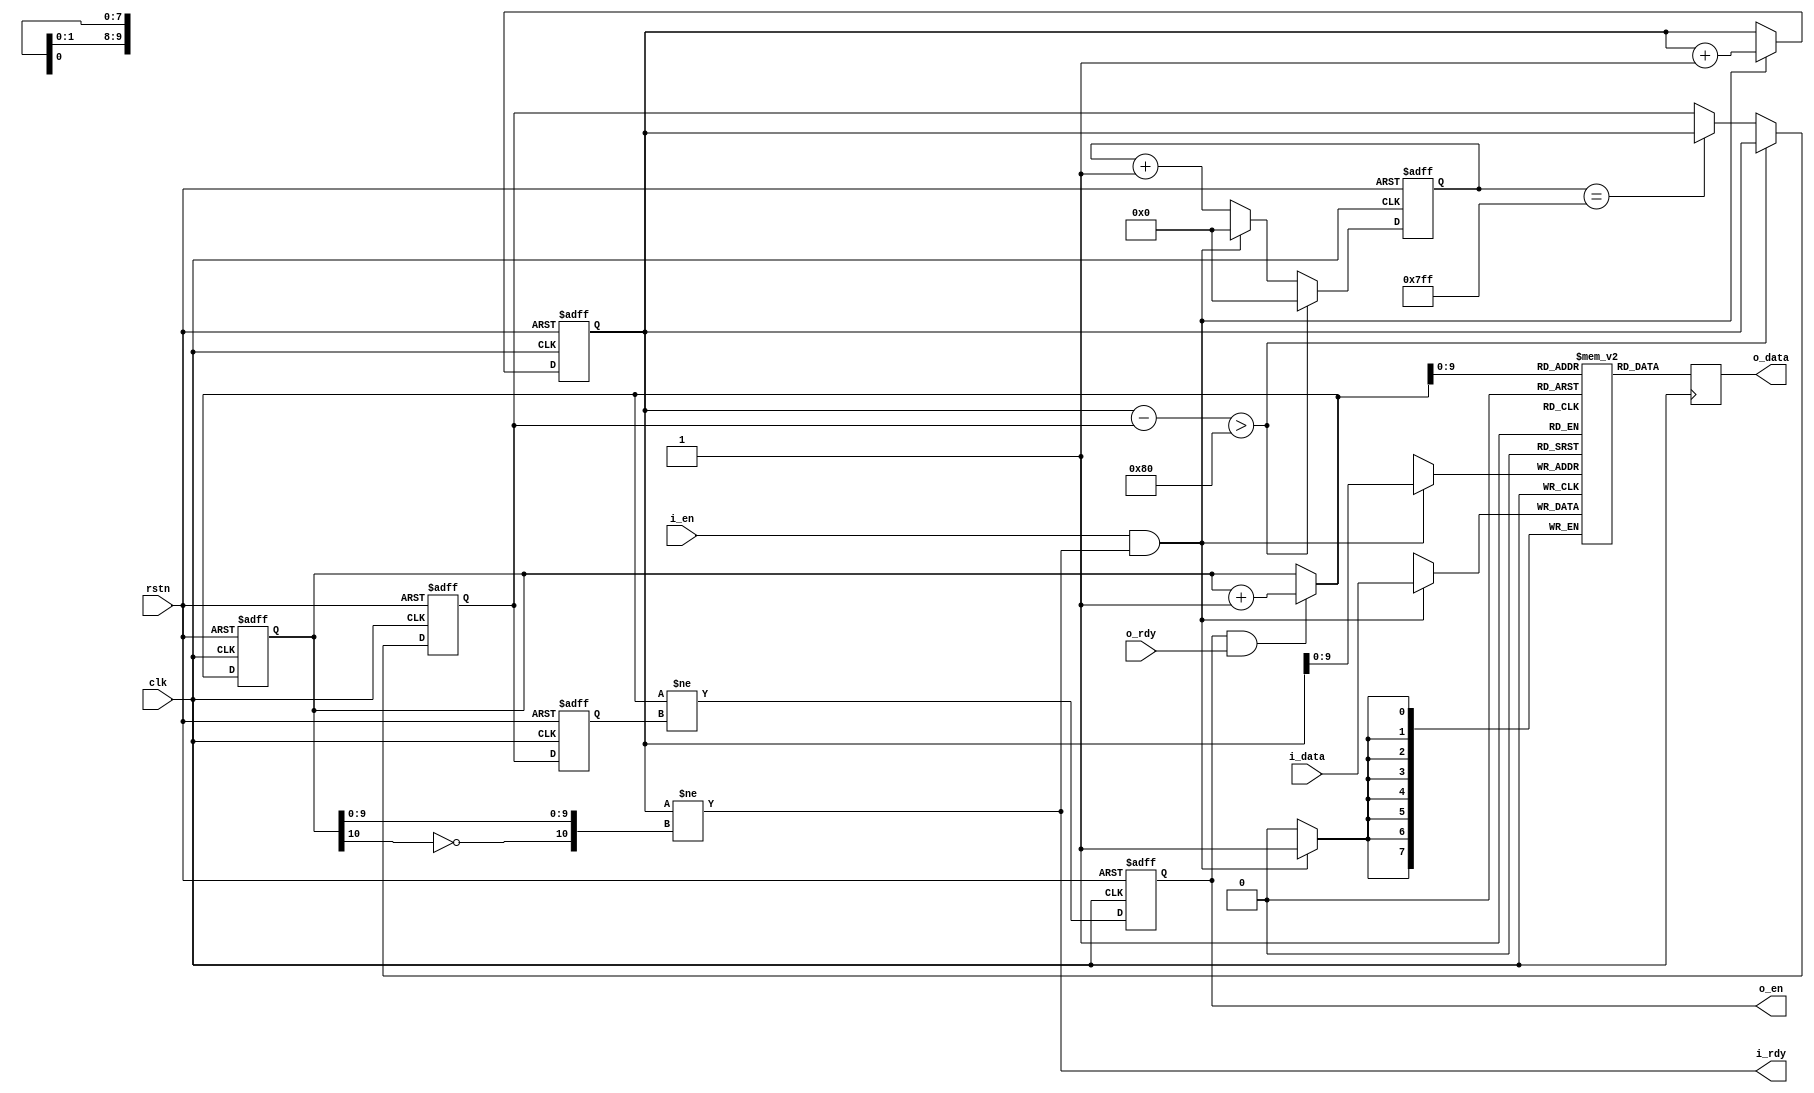

//--------------------------------------------------------------------------------------------------------
// Module  : fifo_delay_submit
// Type    : synthesizable, IP's sub-module
// Standard: Verilog 2001 (IEEE1364-2001)
// Function: 
//--------------------------------------------------------------------------------------------------------

module fifo_delay_submit #(
    parameter            DW = 8      // AXI byte width is 1<<BW, bit width is 8<<BW
) (
    input  wire          rstn,
    input  wire          clk,
    // AXI-stream slave
    output wire          i_rdy,
    input  wire          i_en,
    input  wire [DW-1:0] i_data,
    // AXI-stream master
    input  wire          o_rdy,
    output reg           o_en,
    output reg  [DW-1:0] o_data
);


localparam [10:0] SUBMIT_CHUNK = 11'd128;


reg  [10:0] wptr           = 11'd0;
reg  [10:0] wptr_submit    = 11'd0;
reg  [10:0] wptr_submit_d  = 11'd0;
reg  [10:0] rptr           = 11'd0;
wire [10:0] rptr_next = (o_en & o_rdy) ? (rptr+11'd1) : rptr;

reg  [DW-1:0] buffer [1023:0];

reg  [10:0] count = 11'd0;

assign i_rdy = ( wptr != {~rptr[10], rptr[9:0]} );


always @ (posedge clk or negedge rstn)
    if (~rstn) begin
        wptr_submit    <= 11'h0;
        wptr_submit_d  <= 11'h0;
        count          <= 11'd0;
    end else begin
        wptr_submit_d <= wptr_submit;
        if ( (wptr-wptr_submit) > SUBMIT_CHUNK ) begin
            wptr_submit <= wptr;
            count <= 11'd0;
        end else begin
            count <= (i_en & i_rdy) ? 11'd0 : (count+11'd1);
            if (count == 11'd2047)
                wptr_submit <= wptr;
        end
    end

always @ (posedge clk or negedge rstn)
    if (~rstn) begin
        wptr <= 11'h0;
    end else begin
        if (i_en & i_rdy)
            wptr <= wptr + 11'h1;
    end

always @ (posedge clk)
    if (i_en & i_rdy)
        buffer[wptr[9:0]] <= i_data;



always @ (posedge clk or negedge rstn)
    if (~rstn) begin
        rptr <= 11'h0;
        o_en <= 1'b0;
    end else begin
        rptr <= rptr_next;
        o_en <= (rptr_next != wptr_submit_d);
    end

always @ (posedge clk)
    o_data <= buffer[rptr_next[9:0]];


endmodule